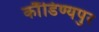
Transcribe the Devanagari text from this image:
कौंडिण्यपुर